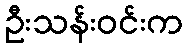
ဦးသန်းဝင်းက